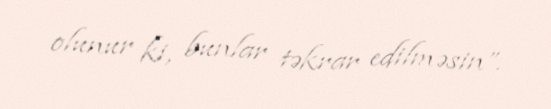
olunur ki, bunlar təkrar edilməsin”.